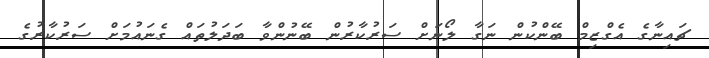
ޗައިނާގެ އެގްޒިމް ބޭންކުން ނަގާ ލޯނަށް ސަރުކާރުން ބޭނުންވާ ބަދަލުތައް ގެނައުމަށް ސަރުކާރުގެ